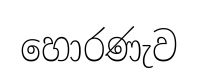
හොරණැව